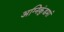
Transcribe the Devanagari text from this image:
अग्निकुंडमां